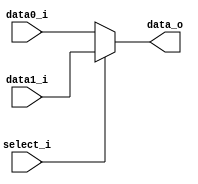

module MUX_2to1(
    data0_i,
    data1_i,
    select_i,
    data_o
    );

parameter size = 0;

//I/O ports
input   [size-1:0] data0_i;
input   [size-1:0] data1_i;
input              select_i;
output  [size-1:0] data_o;

//Internal Signals
reg     [size-1:0] data_in_o;

assign data_o = data_in_o;

always @(*) begin
	data_in_o = (select_i) ? data1_i : data0_i;
end

endmodule